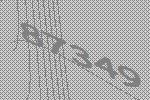
87349